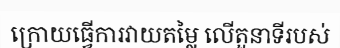
ក្រោយធ្វើការវាយតម្លៃ លើតួនាទីរបស់